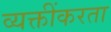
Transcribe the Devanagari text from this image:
व्यक्तींकरता